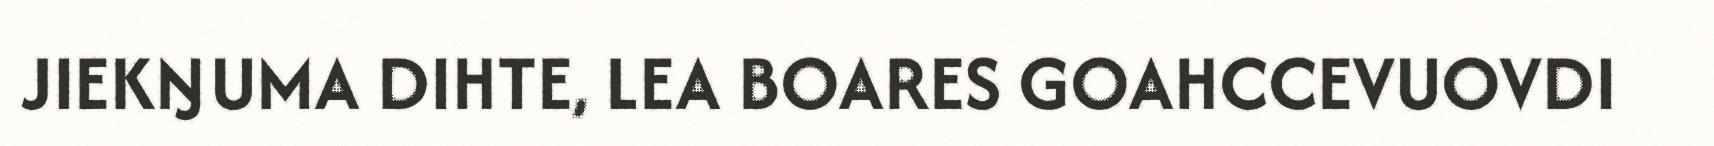
JIEKŊUMA DIHTE, LEA BOARES GOAHCCEVUOVDI